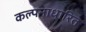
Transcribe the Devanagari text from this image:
कल्पनाधारित